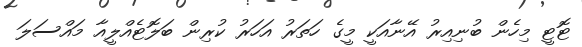
ޓޮޓީ މިހެން ބުނިއިރު އޭނާއަކީ މީގެ ހަތަރު އަހަރު ކުރިން ބަލޮޓެއްލީއާ މައްސަލަ